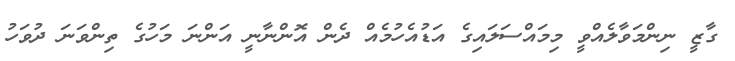
ގާޒީ ނިންމަވާލެއްވީ މިމައްސަލައިގެ އަޑުއެހުމެއް ދެން އޮންނާނީ އަންނަ މަހުގެ ތިންވަނަ ދުވަހު